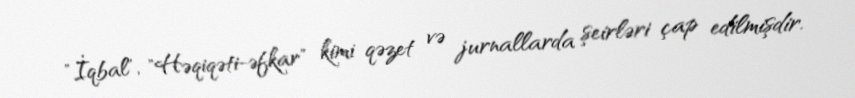
"İqbal", "Həqiqəti-əfkar" kimi qəzet və jurnallarda şeirləri çap edilmişdir.